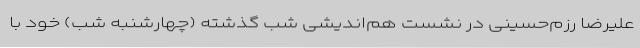
علیرضا رزم‌حسینی در نشست هم‌اندیشی شب گذشته (چهارشنبه شب) خود با